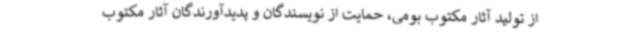
از تولید آثار مکتوب بومی، حمایت از نویسندگان و پدیدآورندگان آثار مکتوب